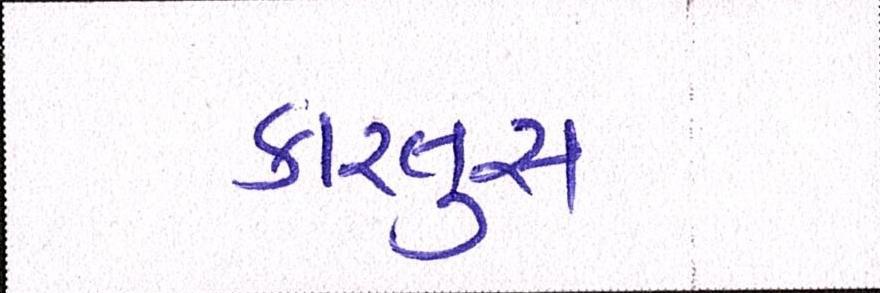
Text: કારતુસ